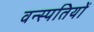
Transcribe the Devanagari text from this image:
वन्स्पतियों